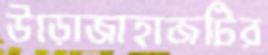
উড়োজাহাজটির